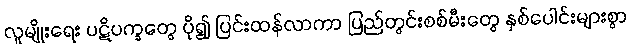
လူမျိုးရေး ပဋိပက္ခတွေ ပို၍ ပြင်းထန်လာကာ ပြည်တွင်းစစ်မီးတွေ နှစ်ပေါင်းများစွာ